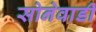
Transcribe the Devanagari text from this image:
सोनेवाडी